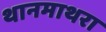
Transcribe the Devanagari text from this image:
थानमाथरा